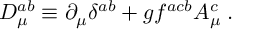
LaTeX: D _ { \mu } ^ { a b } \equiv \partial _ { \mu } \delta ^ { a b } + g f ^ { a c b } A _ { \mu } ^ { c } \; .